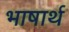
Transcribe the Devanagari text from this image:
भाषार्थ